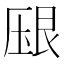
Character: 𰆠